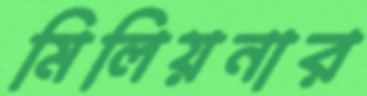
মিলিয়নার